Lyperosia minuta, Bezzi - Number 59
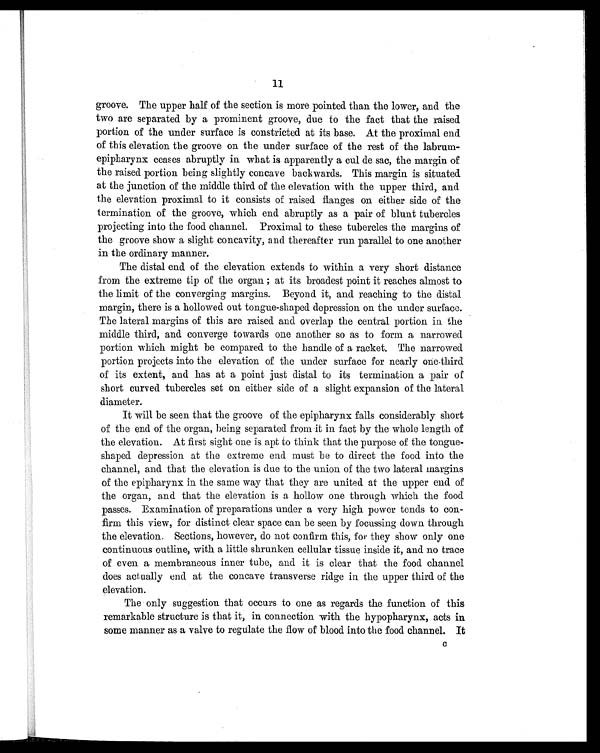
11
groove. The upper half of the section is more pointed than the lower, and the
two are separated by a prominent groove, due to the fact that the raised
portion of the under surface is constricted at its base. At the proximal end
of this elevation the groove on the under surface of the rest of the labrum-
epipharynx ceases abruptly in what is apparently a cul de sac, the margin of
the raised portion being slightly concave backwards. This margin is situated
at the junction of the middle third of the elevation with the upper third, and
the elevation proximal to it consists of raised flanges on either side of the
termination of the groove, which end abruptly as a pair of blunt tubercles
projecting into the food channel. Proximal to these tubercles the margins of
the groove show a slight concavity, and thereafter run parallel to one another
in the ordinary manner.
The distal end of the elevation extends to within a very short distance
from the extreme tip of the organ ; at its broadest point it reaches almost to
the limit of the converging margins. Beyond it, and reaching to the distal
margin, there is a hollowed out tongue-shaped depression on the under surface.
The lateral margins of this are raised and overlap the central portion in the
middle third, and converge to wards one another so as to form a narrowed
portion which might be compared to the handle of a racket. The narrowed
portion projects into the elevation of the under surface for nearly one-third
of its extent, and has at a point just distal to its termination a pair of
short curved tubercles set on either side of a slight expansion of the lateral
diameter.
It will be seen that the groove of the epipharynx falls considerably short
of the end of the organ, being separated from it in fact by the whole length of
the elevation. At first sight one is apt to think that the purpose of the tongue-
shaped depression at the extreme end must be to direct the food into the
channel, and that the elevation is due to the union of the two lateral margins
of the epipharynx in the same way that they are united at the upper end of
the organ, and that the elevation is a hollow one through which the food
passes. Examination of preparations under a very high power tends to con-
firm this view, for distinct clear space can be seen by focussing down through
the elevation. Sections, however, do not confirm this, for they show only one
continuous outline, with a little shrunken cellular tissue inside it, and no trace
of even a membraneous inner tube, and it is clear that the food channel
does actually end at the concave transverse ridge in the upper third of the
elevation.
The only suggestion that occurs to one as regards the function of this
remarkable structure is that it, in connection with the hypopharynx, acts in
some manner as a valve to regulate the flow of blood into the food channel. It
C